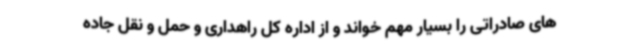
های صادراتی را بسیار مهم خواند و از اداره کل راهداری و حمل و نقل جاده